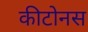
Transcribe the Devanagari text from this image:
कीटोनस